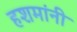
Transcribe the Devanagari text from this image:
हशमांनी